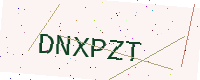
Text: DNXPZT